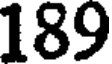
189